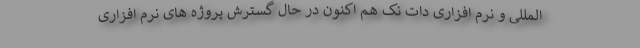
المللی و نرم افزاری دات نک هم اکنون در حال گسترش پروژه های نرم افزاری